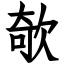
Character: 欹